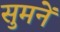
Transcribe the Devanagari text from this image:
सुमनें